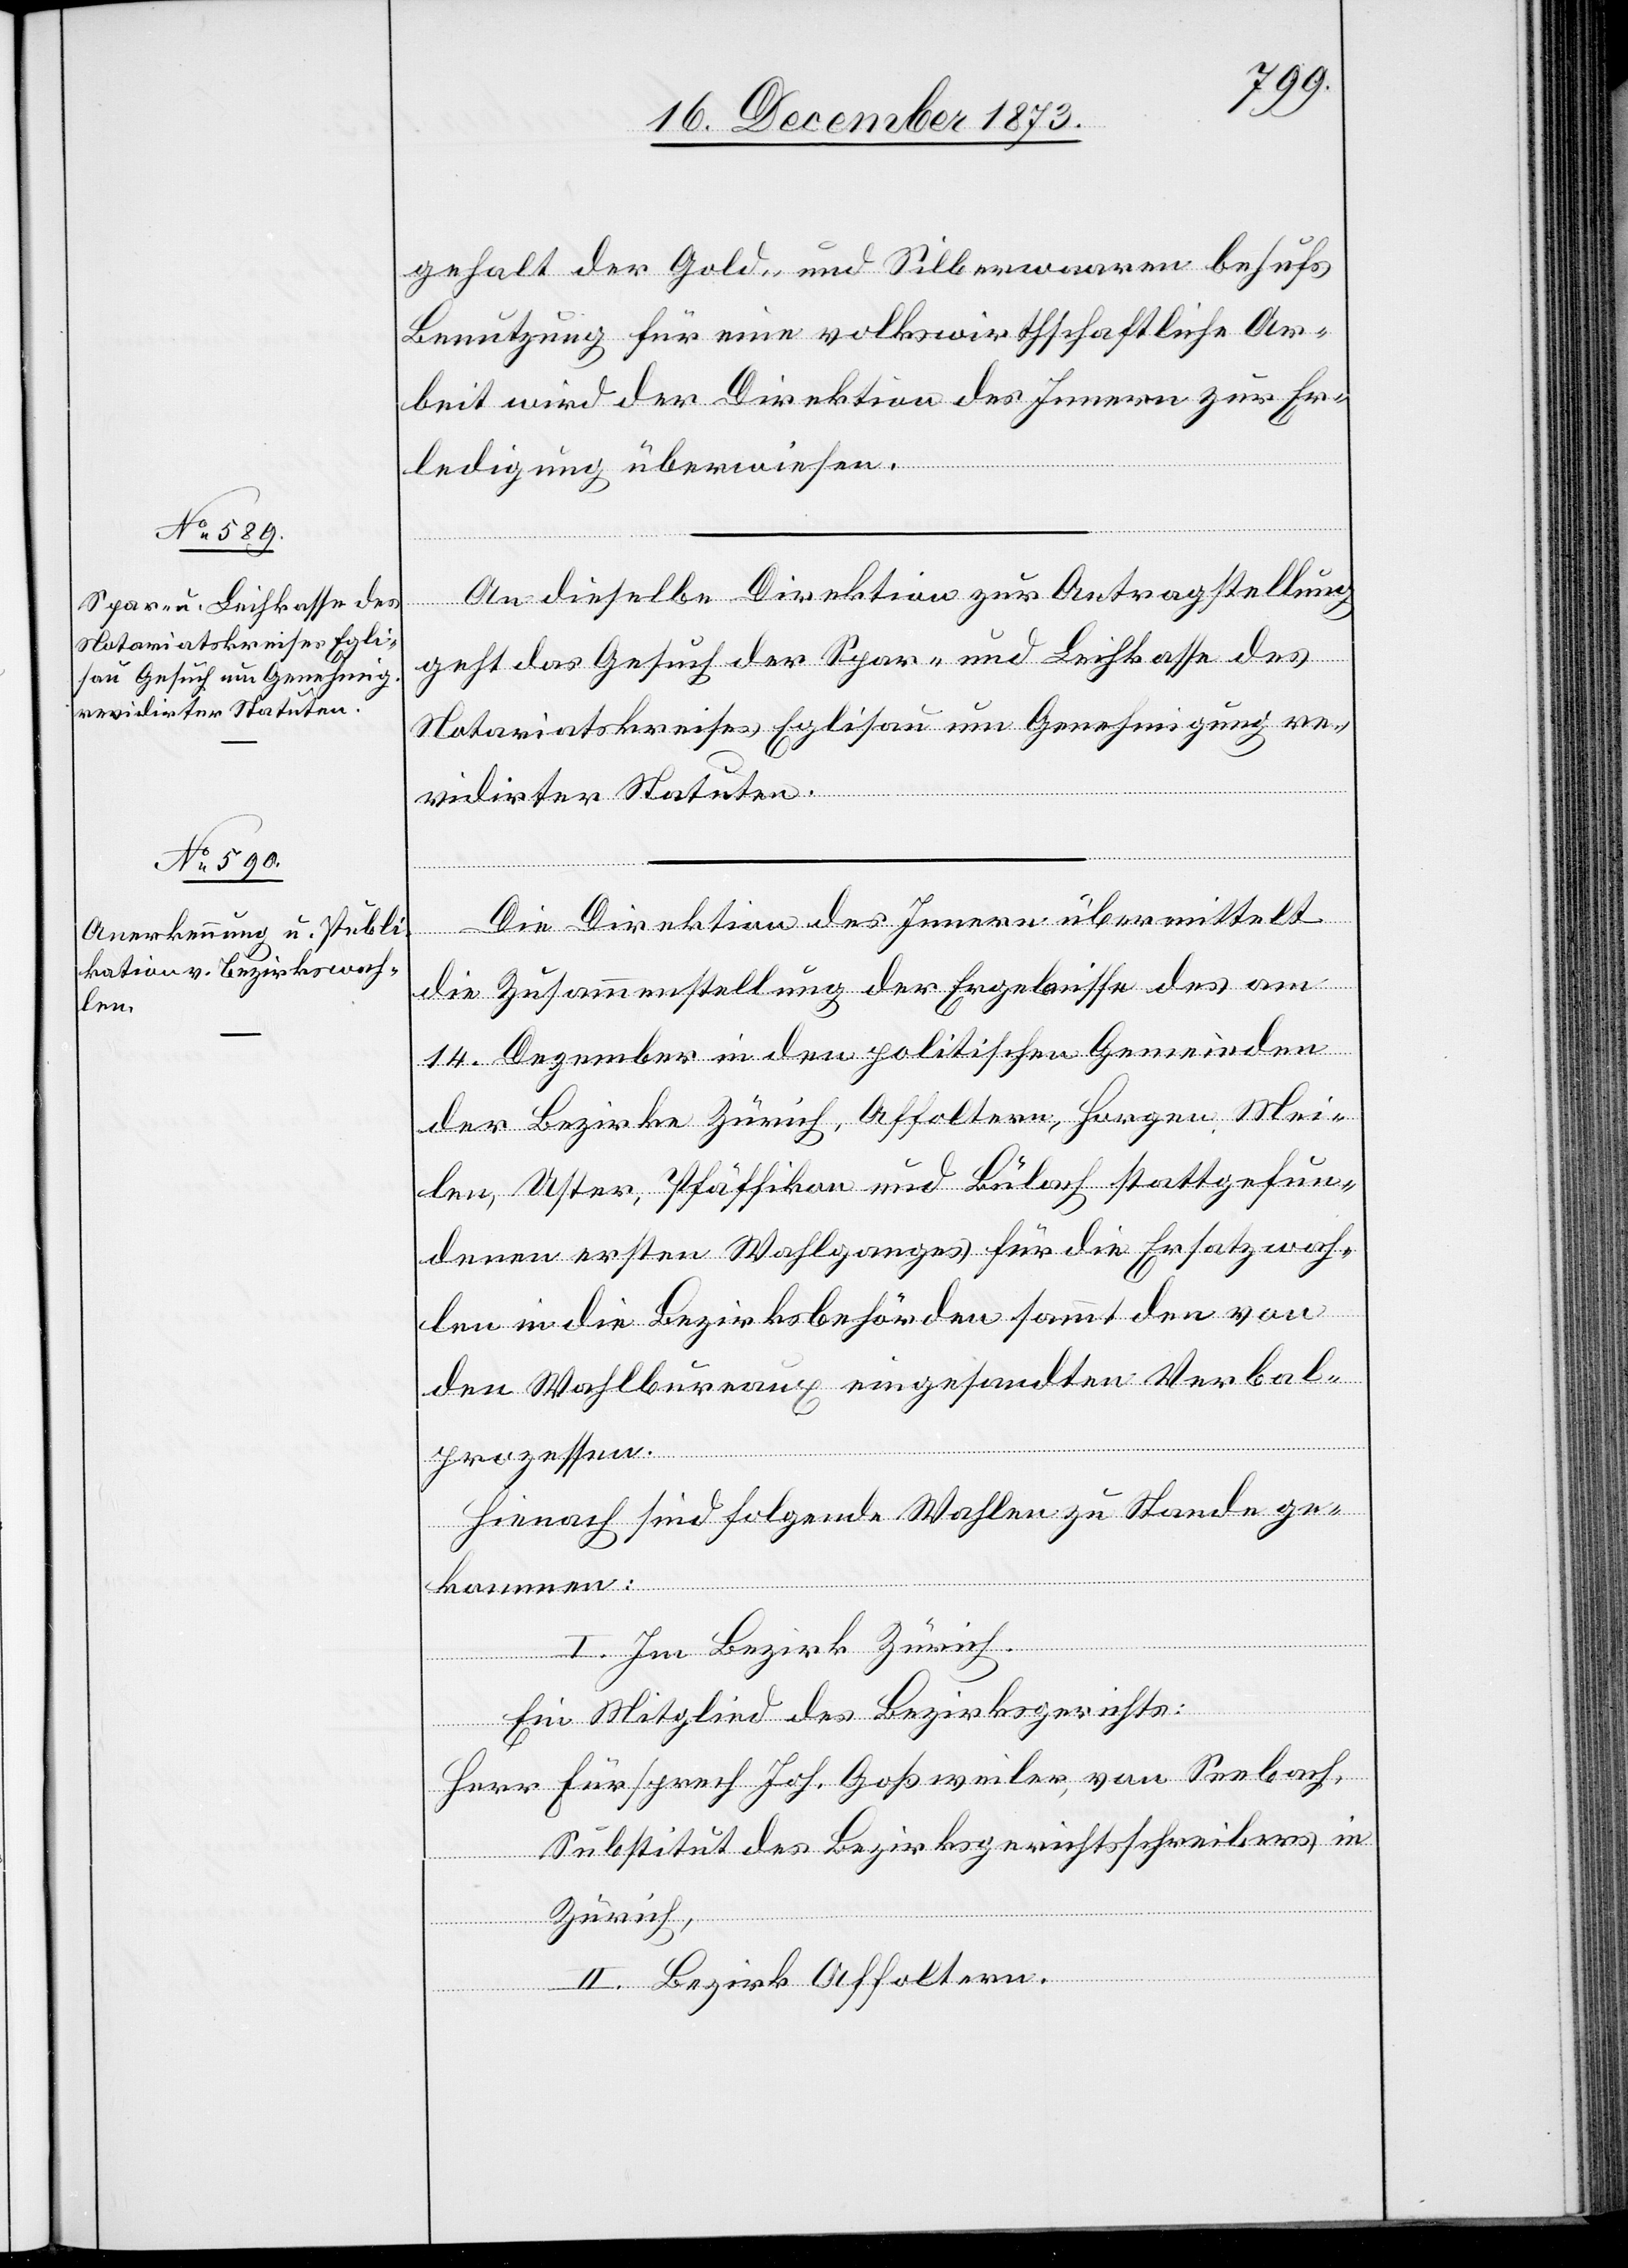
17. December 1873.]
gehalt der Gold- und Silberwaaren behufs
Benutzung für eine volkswirthschaftliche Ar¬
beit wird der Direktion des Innern zur Er¬
ledigung überwiesen.
An dieselbe Direktion zur Antragstellung
geht das Gesuch der Spar- und Leihkasse des
Notariatskreises Eglisau um Genehmigung re¬
vidirter Statuten.
Die Direktion des Innern übermittelt
die Zusammenstellung der Ergebnisse des am
14. Dezember in den politischen Gemeinden
der Bezirke Zürich, Affoltern, Horgen, Mei¬
len, Uster, Pfäffikon und Bülach stattgefun¬
denen ersten Wahlganges für die Ersatzwah¬
len in die Bezirksbehörden sammt den von
den Wahlbureaux eingesandten Verbal¬
prozessen.
Hienach sind folgende Wahlen zu Stande ge¬
kommen:
I. Im Bezirk Zürich.
Ein Mitglied des Bezirksgerichts:
Herr Fürsprech Joh. Goßweiler, von Seebach,
Substitut des Bezirksgerichtsschreibers in
Zürich,
II. Bezirk Affoltern.